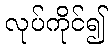
လုပ်ကိုင်၍